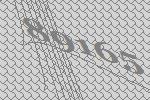
89165